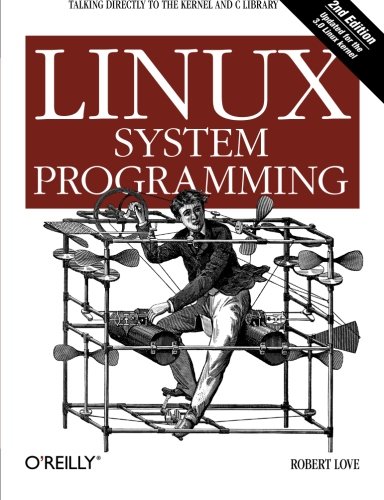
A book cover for Linux System Programming: Talking Directly to the Kernel and C Library; Robert Love; Computers & Technology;